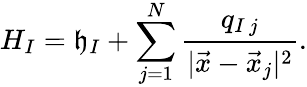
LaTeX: H_{I}=\mathfrak{h}_{I}+\sum_{j=1}^{N}\frac{{q_{I\, j}}}{{|\vec{{x}}-\vec{{x}}_{j}|^{2}}}.